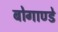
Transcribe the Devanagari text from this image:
बोगाण्डे